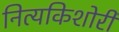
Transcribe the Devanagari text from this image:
नित्यकिशोरी